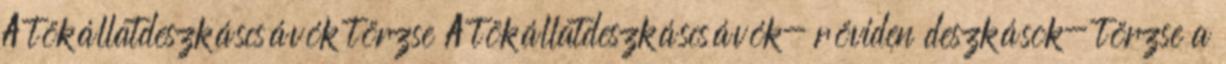
A tökállatdeszkáscsávók törzse A tökállatdeszkáscsávók- röviden deszkások- törzse a